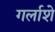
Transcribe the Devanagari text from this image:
गर्लाशे